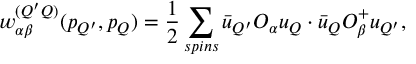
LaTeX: w _ { \alpha \beta } ^ { ( Q ^ { \prime } Q ) } ( p _ { Q ^ { \prime } } , p _ { Q } ) = \frac { 1 } { 2 } \sum _ { s p i n s } \bar { u } _ { Q ^ { \prime } } O _ { \alpha } u _ { Q } \cdot \bar { u } _ { Q } O _ { \beta } ^ { + } u _ { Q ^ { \prime } } ,